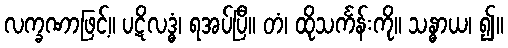
လက္ခဏာဖြင့်။ ပဋိလဒ္ဓံ၊ ရအပ်ပြီ။ တံ၊ ထိုသင်္ကန်းကို။ သန္ဓာယ၊ ၍။